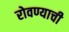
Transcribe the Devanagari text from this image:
रोवण्याची